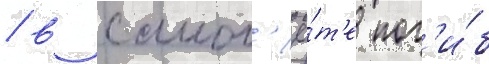
/ в самол'ё́т'е пог'и́б